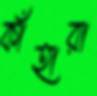
কাঁহারা